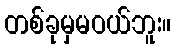
တစ်ခုမှမဝယ်ဘူး။